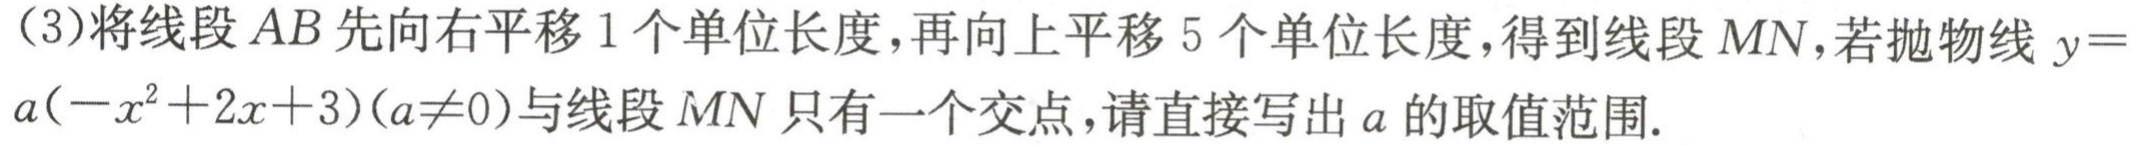
(3)将线段$AB$先向右平移$1$个单位长度，再向上平移$5$个单位长度，得到线段$MN$，若抛物线$y = a(-x^{2}+2x + 3)(a\neq0)$与线段$MN$只有一个交点，请直接写出$a$的取值范围.